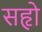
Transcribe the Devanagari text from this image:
सहृो